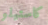
كاستيلو